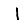
Digit: 1